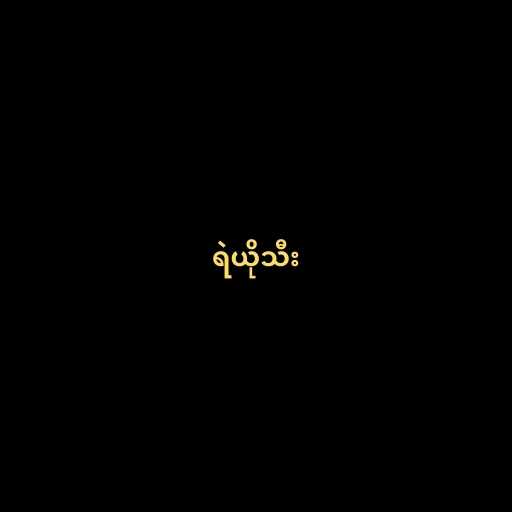
ရဲယိုသီး